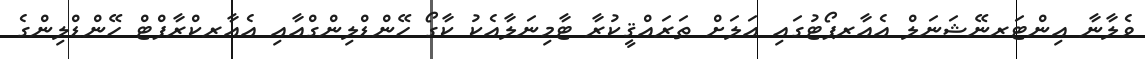
ވެލާނާ އިންޓަރނޭޝަނަލް އެއާރޕޯޓުގައި އަލަށް ތަރައްޤީކުރާ ޓާމިނަލާއެކު ކާގޯ ހޭންޑްލިންގްއާއި އެއާރކްރާފްޓް ހޭންޑްލިންގެ